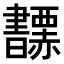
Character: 𧺅